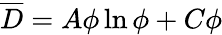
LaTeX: \overline{{D}}=A\phi\ln\phi+C\phi